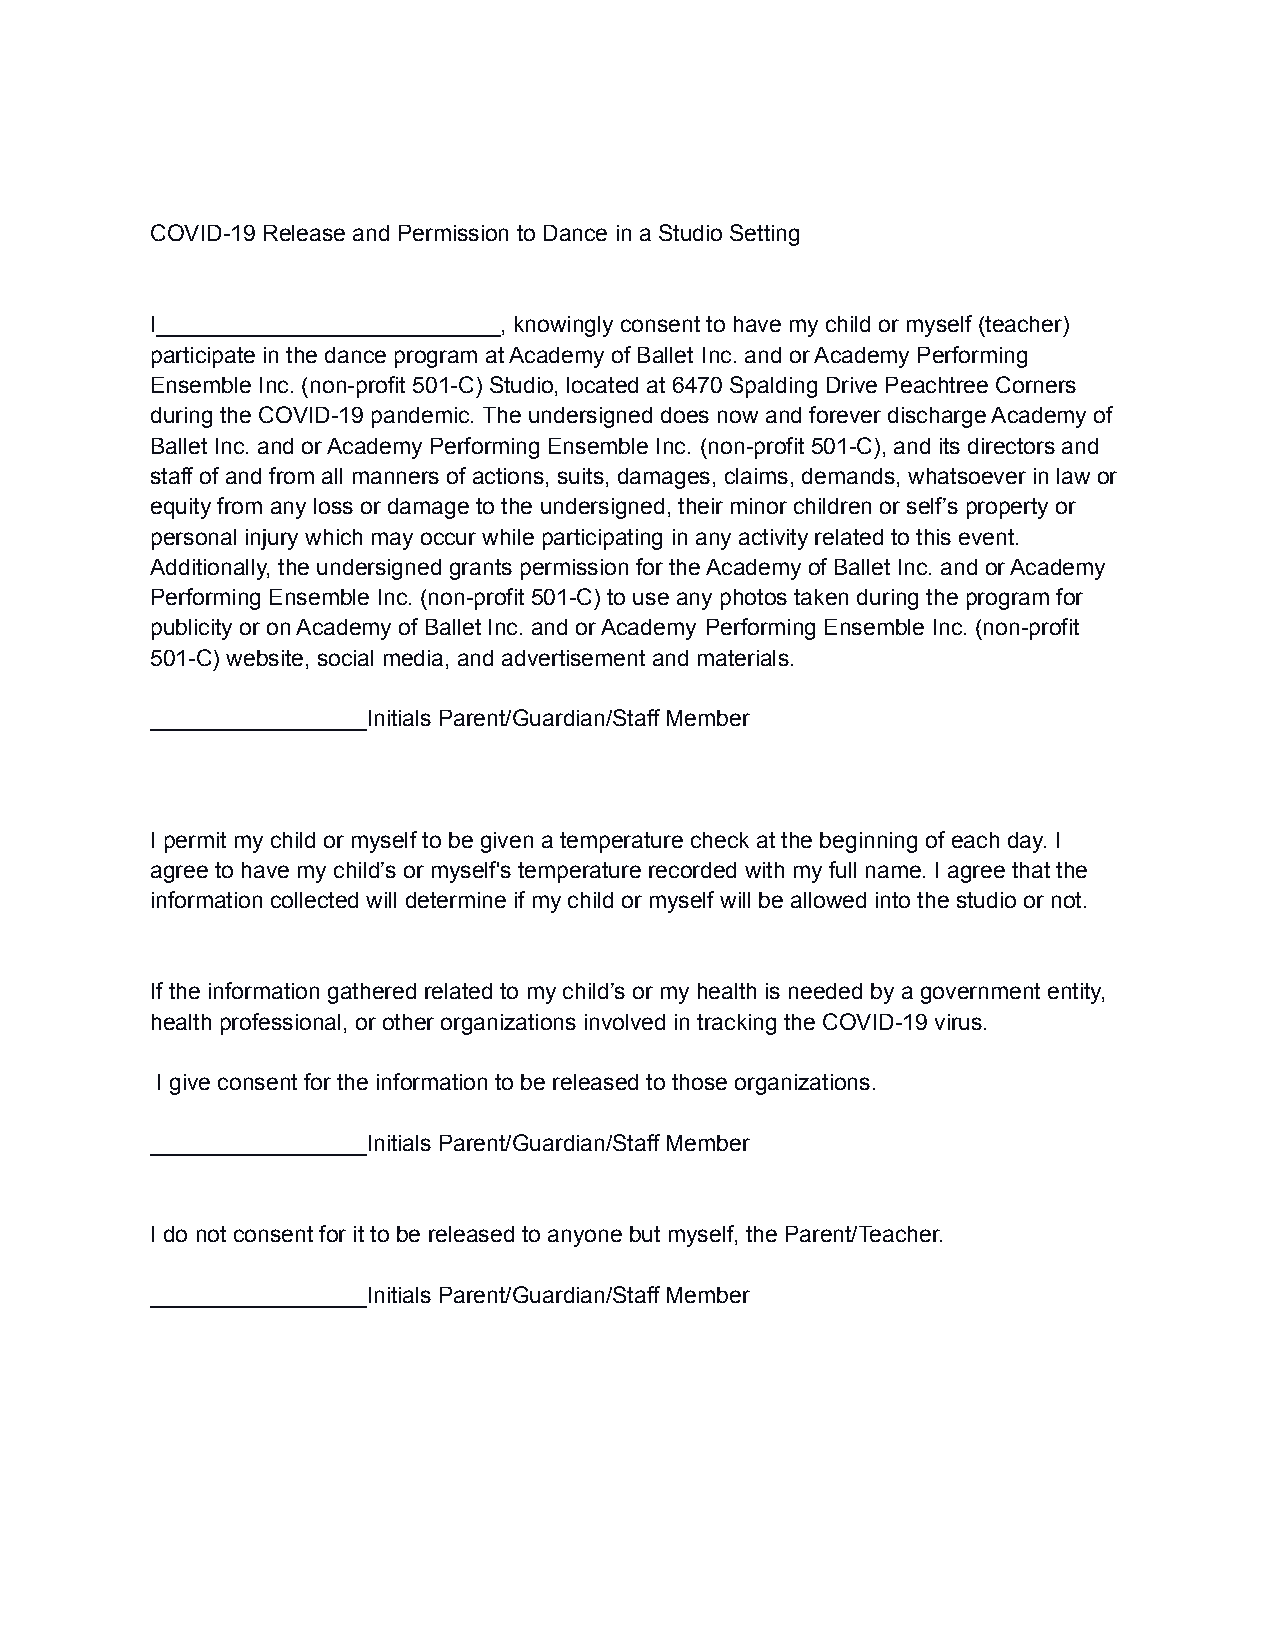
COVID-19 Release and Permission to Dance in a Studio Setting
 I___________________________, knowingly consent to have my child or myself (teacher)
 participate in the dance program at Academy of Ballet Inc. and or Academy Performing
 Ensemble Inc. (non-profit 501-C) Studio, located at 6470 Spalding Drive Peachtree Corners
 during the COVID-19 pandemic. The undersigned does now and forever discharge Academy of
 Ballet Inc. and or Academy Performing Ensemble Inc. (non-profit 501-C), and its directors and
 staff of and from all manners of actions, suits, damages, claims, demands, whatsoever in law or
 equity from any loss or damage to the undersigned, their minor children or self’s property or
 personal injury which may occur while participating in any activity related to this event.
 Additionally, the undersigned grants permission for the Academy of Ballet Inc. and or Academy
 Performing Ensemble Inc. (non-profit 501-C) to use any photos taken during the program for
 publicity or on Academy of Ballet Inc. and or Academy Performing Ensemble Inc. (non-profit
 501-C) website, social media, and advertisement and materials.
 _________________Initials Parent/Guardian/Staff Member
 I permit my child or myself to be given a temperature check at the beginning of each day. I
 agree to have my child’s or myself's temperature recorded with my full name. I agree that the
 information collected will determine if my child or myself will be allowed into the studio or not.
 If the information gathered related to my child’s or my health is needed by a government entity,
 health professional, or other organizations involved in tracking the COVID-19 virus.
 I give consent for the information to be released to those organizations.
 _________________Initials Parent/Guardian/Staff Member
 I do not consent for it to be released to anyone but myself, the Parent/Teacher.
 _________________Initials Parent/Guardian/Staff Member